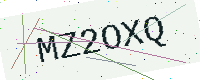
Text: MZ2OXQ